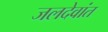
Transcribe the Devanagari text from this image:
जलदेवांत